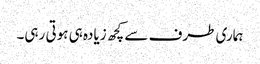
ہماری طرف سے کچھ زیادہ ہی ہوتی رہی۔